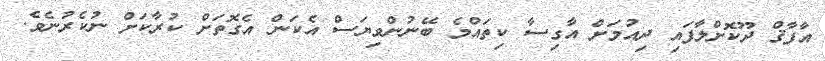
އާފާޤް ދޫކޮށްލާފައި ދިއުމަށް އާގިސާ ކިތައްމެ ބޭނުންވިޔަސް އެކަން އެގޮތަށް ކުރާކަށް ނުކެރުނެވެ.